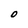
Character: O